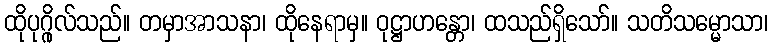
ထိုပုဂ္ဂိုလ်သည်။ တမှာအာသနာ၊ ထိုနေရာမှ။ ဝုဋ္ဌာဟန္တော၊ ထသည်ရှိသော်။ သတိသမ္မောသာ၊